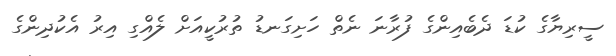
ސީރިޔާގެ ކުޑަ ދެބެއިންގެ ފުރާނަ ނެތް ހަށިގަނޑު ތުރުކީއަށް ލެއްގި އިރު އެކުދިންގެ